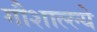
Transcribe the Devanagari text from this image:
गौशाल्ल्ये